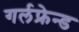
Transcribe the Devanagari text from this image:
गर्लफ्रेन्ड